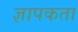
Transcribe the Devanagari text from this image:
ज्ञापकता